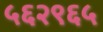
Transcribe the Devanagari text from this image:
५६२९६५